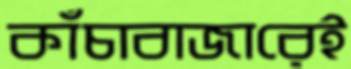
কাঁচাবাজারেই